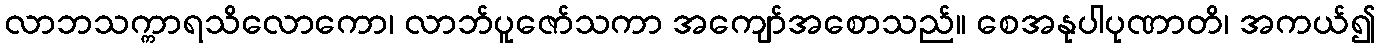
လာဘသက္ကာရသိလောကော၊ လာဘ်ပူဇော်သကာ အကျော်အစောသည်။ စေအနုပါပုဏာတိ၊ အကယ်၍